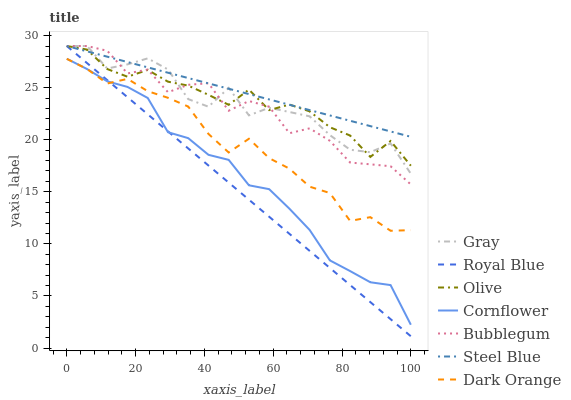
| xaxis_label | Gray | Royal Blue | Olive | Cornflower | Bubblegum | Steel Blue | Dark Orange |
 | --- | --- | --- | --- | --- | --- | --- | --- |
 | 0 | 29 | 29 | 29 | 27.8 | 29 | 29 | 27.8 |
 | 5.88 | 29 | 27.4 | 28.7 | 26.8 | 29 | 28.5 | 26.8 |
 | 11.8 | 26.8 | 25.7 | 26.8 | 25.6 | 28.5 | 28 | 25.4 |
 | 17.6 | 27.2 | 24.1 | 26.1 | 25.1 | 26.4 | 27.5 | 25.8 |
 | 23.5 | 27.8 | 22.4 | 26.7 | 24 | 26.7 | 26.9 | 24.7 |
 | 29.4 | 26.7 | 20.8 | 25.6 | 20.7 | 24.6 | 26.4 | 24 |
 | 35.3 | 23.9 | 19.2 | 25.2 | 20.2 | 25.3 | 25.9 | 23.2 |
 | 41.2 | 23.2 | 17.5 | 24.3 | 18.6 | 25.4 | 25.4 | 20.6 |
 | 47.1 | 25 | 15.9 | 23.4 | 18.1 | 22.8 | 24.9 | 18.8 |
 | 52.9 | 22.3 | 14.2 | 24.8 | 15.6 | 23.7 | 24.4 | 20.1 |
 | 58.8 | 23.1 | 12.6 | 22.8 | 15.3 | 23.2 | 23.9 | 18.2 |
 | 64.7 | 22.7 | 11 | 23.4 | 13.4 | 20.6 | 23.4 | 17.2 |
 | 70.6 | 22.2 | 9.33 | 22.7 | 11.3 | 21.1 | 22.8 | 15.5 |
 | 76.5 | 20.4 | 7.69 | 21.2 | 8.42 | 19.9 | 22.3 | 14.9 |
 | 82.4 | 19 | 6.05 | 20.4 | 7.39 | 17.8 | 21.8 | 12.2 |
 | 88.2 | 18.8 | 4.41 | 18.4 | 6.32 | 17.6 | 21.3 | 12.6 |
 | 94.1 | 19.6 | 2.77 | 19.9 | 6.05 | 17.5 | 20.8 | 11.3 |
 | 100 | 16.7 | 1.13 | 17.5 | 2.24 | 15.7 | 20.3 | 11.3 |